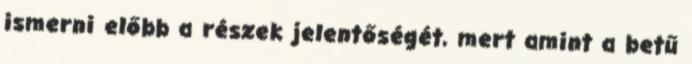
ismerni előbb a részek jelentőségét, mert amint a betű